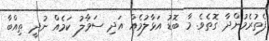
ފެތުރެމުންދާ ގޮތެވެ. މާ ބޮޑު އަޅާލުމެއް އަދި ސަމާލު ކަމެއް ނުދީ ތިއްބާ